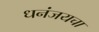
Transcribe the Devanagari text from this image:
धनंजयचा